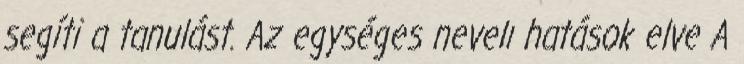
segíti a tanulást. Az egységes nevelı hatások elve A